Report of the Indian Hemp Drugs Commission, 1894-1895 - Volume VI
Year: 1894
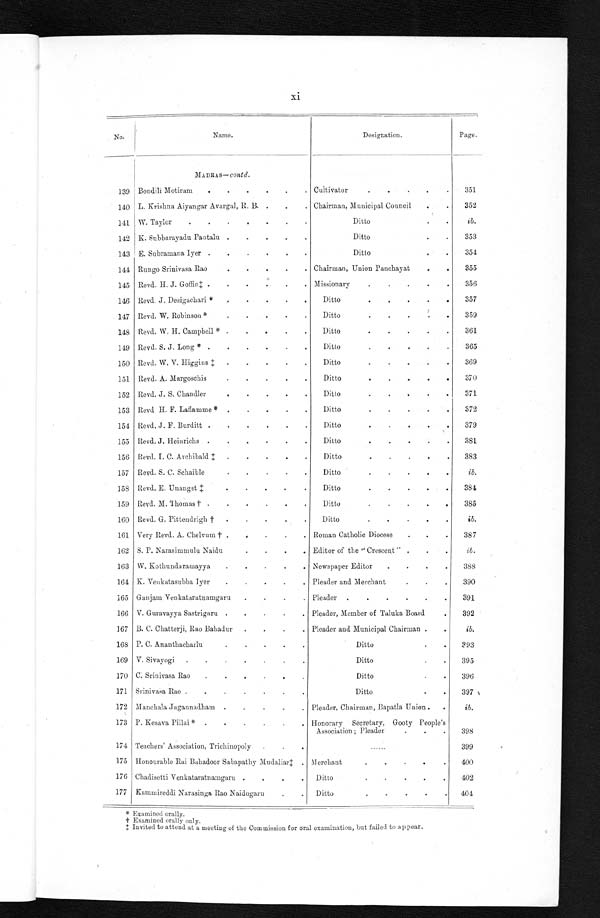
xi
No.
Name.
Designation.
Page.
MADRAS— contd.
139 Bondili Motiram . . . Cultivator . . .
351
140 L. Krishna Aiyangar Avargal, R. B . . . Chairman, Municipal Council . . .
352
141 W. Taylor . . .
Ditto . . .
i b .
142 K. Subbarayadu Pantalu . . .
Ditto . . .
353
143 E. Subramana Iyer . . .
Ditto . . .
354
144 Rungo Srinivasa Rao . . .
Chairman, Union Panchayat . . .
355
145 Revd. H. J. Goffin‡ . . .
Missionary . . .
356
146 Revd. J. Desigachari * . . .
Ditto . . .
357
1 4 7
R e v d . W . R o b i n s o n * . . .
D i t t o . . .
3 5 9
148 Revd. W. H. Campbell * . . .
Ditto . . .
361
149 Revd. S. J. Long * . . .
Ditto . . .
365
150 Revd. W. V. Higgins ‡ . . .
Ditto . . .
369
151 Revd. A. Margoschis . . .
Ditto . . .
370
152 Revd. J. S. Chandler . . .
Ditto . . .
371
153 Revd. H. F. Laflamme * . . .
Ditto . . .
372
154 Revd. J. F. Burditt . . .
Ditto . . .
379
155 Revd. J. Heinrichs . . .
Ditto . . .
381
156 Revd. I. C. Archibald ‡ . . .
D i t t o . . .
383
1 5 7 R e v d . S . C . S c h a i b l e . . .
D i t t o . . .
i b .
158 Revd. E. Unangst ‡ . . .
Ditto . . .
384
159 Revd. M. Thomas † . . .
Ditto . . .
385
160 Revd. G. Pittendrigh † . . .
Ditto . . .
i b .
161 Very Revd. A. Chelvum † . . .
Roman Catholic Diocese . . .
387
162 S. P. Narasimmulu Naidu . . .
Editor of the "Crescent" . . .
ib.
163 \V. Kothunbramayya . . .
Newspaper Editor . . .
388
164 K. Venkatasubba Iyer . . .
Pleader and Merchant . . .
390
165 Ganjam Venkataratnamgaru . . .
Pleader . . .
391
166 V. Guravayya Sastrigaru . . .
Pleader, Member of Taluka Board . . .
392
167 B. C. Chatterji, Rao Bahadur . . .
Pleader and Municipal Chairman . . .
i b .
168 P. C. Ananthacharlu . . .
D i t t o
. . .
393
169 V. Sivayogi . . .
Ditto. . .
395
170 C. Srinivasa Rao . . .
Ditto . . .
396
171 Srinivasa Rao . . .
Ditto . . .
397
172 Manchala Jagannadham . . .
Pleader, Chairman, Bapatla Union . . .
i b .
173 P. Kesava Pillai * . . .
Honorary Secretary, Gooty People's
Association; Plea d er . . .
398
174 Teachers' Association, Trichinopoly . . .
. . .
399
175 Honourable Rai Bahadoor Sabapathy Mudaliar‡ . . . Merchant . . .
400
176 Chadisetti Venkataratnamgaru . . .
Ditto . . .
402
177 Kammireddi Narasinga Rao Naidugaru . . .
Ditto . . .
404
* Examined orally.
† Examined orally only.
‡ Invited to attend at a meeting of the Commission for oral examination, but failed to appear.